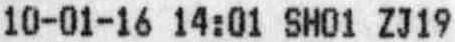
10-01-16 14:01 SH01 ZJ19